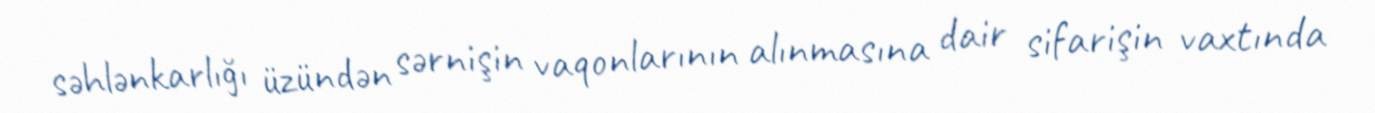
səhlənkarlığı üzündən sərnişin vaqonlarının alınmasına dair sifarişin vaxtında